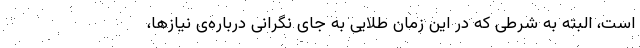
است، البته به شرطی که در این زمان طلایی به جای نگرانی درباره‌ی نیازها،